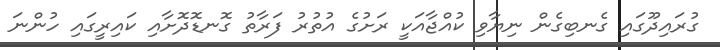
ގުރައިދޫގައި ގެނބިގެން ނިޔާވި ކުއްޖާއަކީ ރަށުގެ އުތުރު ފަރާތު ގޮނޑޮދޮށާއި ކައިރީގައި ހުންނަ